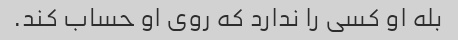
بله او کسی را ندارد که روی او حساب کند.